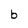
Character: b